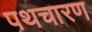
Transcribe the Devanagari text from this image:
पथचारण